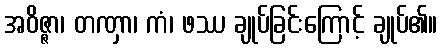
အဝိဇ္ဇာ၊ တဏှာ၊ ကံ၊ ဖဿ ချုပ်ခြင်းကြောင့် ချုပ်၏။